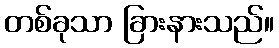
တစ်ခုသာ ခြားနားသည်။